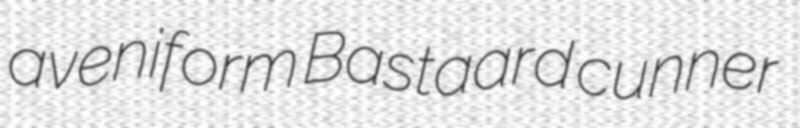
aveniform Bastaard cunner